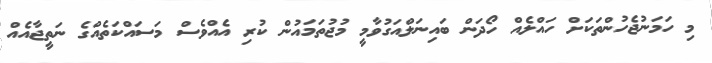
މި ހަމަނުޖެހުންތަކަށް ހައްލެއް ހޯދަން ބައިނަލްއަގުވާމީ މުޖުތަމައުން ކުރި އެއްވެސް މަސައްކަތެއްގެ ނަތީޖާއެއް